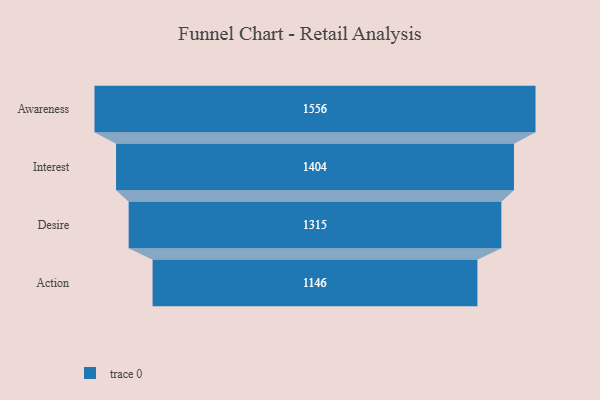
{"axis": {"x": "Stage", "y": "Value"}, "legend": [""], "data": [{"x": "Awareness", "y": 1556.0, "type": ""}, {"x": "Interest", "y": 1404.0, "type": ""}, {"x": "Desire", "y": 1315.0, "type": ""}, {"x": "Action", "y": 1146.0, "type": ""}]}